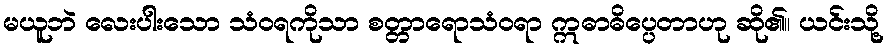
မယူဘဲ လေးပါးသော သံဝရကိုသာ စတ္တာရောသံဝရာ ဣဓာဓိပ္ပေတာဟု ဆို၏။ ယင်းသို့